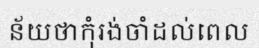
ន័យថាកុំរង់ចាំដល់ពេល